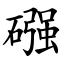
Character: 䃨